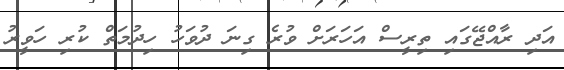
އަދި ރާއްޖޭގައި ތިރީސް އަހަރަށް ވުރެ ގިނަ ދުވަހު ހިދުމަތް ކުރި ހަވީރު